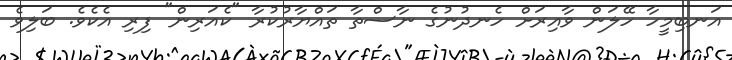
އަނބިމީހާ ހޭލަން ވާއިރަށް ހެނދުނުގެ ނާސްތާ ތައްޔާރުކުރާ "ކެއަރިން" ފިރި އެކެވެ. ބަލިވެ